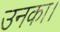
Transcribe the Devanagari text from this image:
उनका।